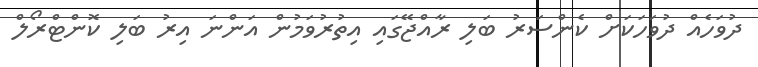
ދުވަހެއް ދުވަހަކަށް ކެންސަރު ބަލި ރާއްޖޭގައި އިތުރުވަމުން އަންނަ އިރު ބަލި ކޮންޓްރޯލް